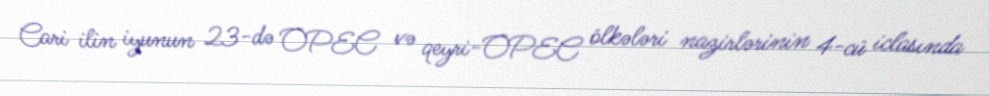
Cari ilin iyunun 23-də OPEC və qeyri-OPEC ölkələri nazirlərinin 4-cü iclasında